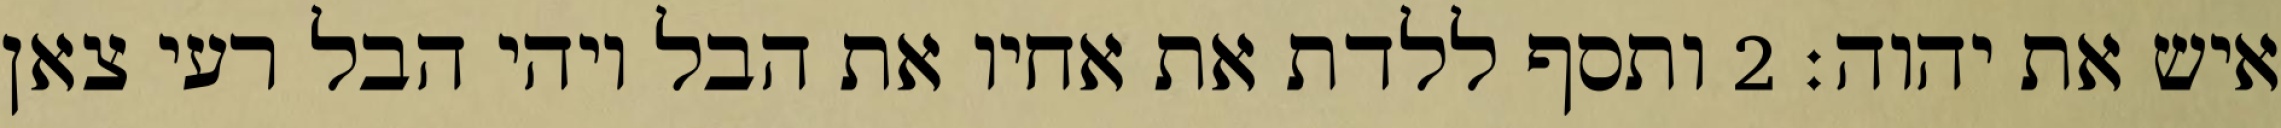
איש את יהוה׃ ‎2‏ ותסף ללדת את אחיו את הבל ויהי הבל רעי צאן